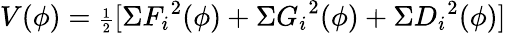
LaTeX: V(\phi)={\scriptstyle{\frac{1}{2}}}[\Sigma{F_{i}}^{2}(\phi)+\Sigma{G_{i}}^{2}(\phi)+\Sigma{D_{i}}^{2}(\phi)]